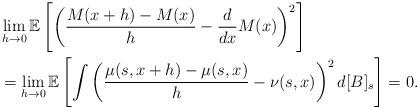
LaTeX: \begin{align*}& \lim_{h\to 0}\mathbb{E}\left[\left(\frac{M(x+h)-M(x)}{h} - \frac{d}{dx}M(x) \right)^2 \right] \\& = \lim_{h \to 0}\mathbb{E}\left[ \int \left(\frac{\mu(s,x+h)-\mu(s,x)}{h} -\nu(s,x)\right)^2d[B]_s \right] = 0. \end{align*}